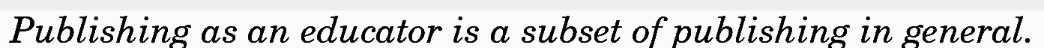
Publishing as an educator is a subset of publishing in general.